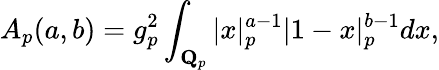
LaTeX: A_{p}(a,b)=g_{p}^{2}\int_{{\mathbf Q}_{p}}\vert x\vert_{p}^{a-1}|1-x|_{p}^{b-1}dx,